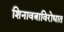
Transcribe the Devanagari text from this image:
शिनावत्राविरोधात